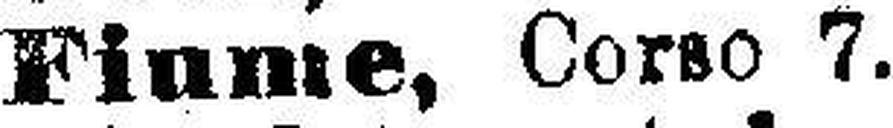
Fiume, Corao 7.